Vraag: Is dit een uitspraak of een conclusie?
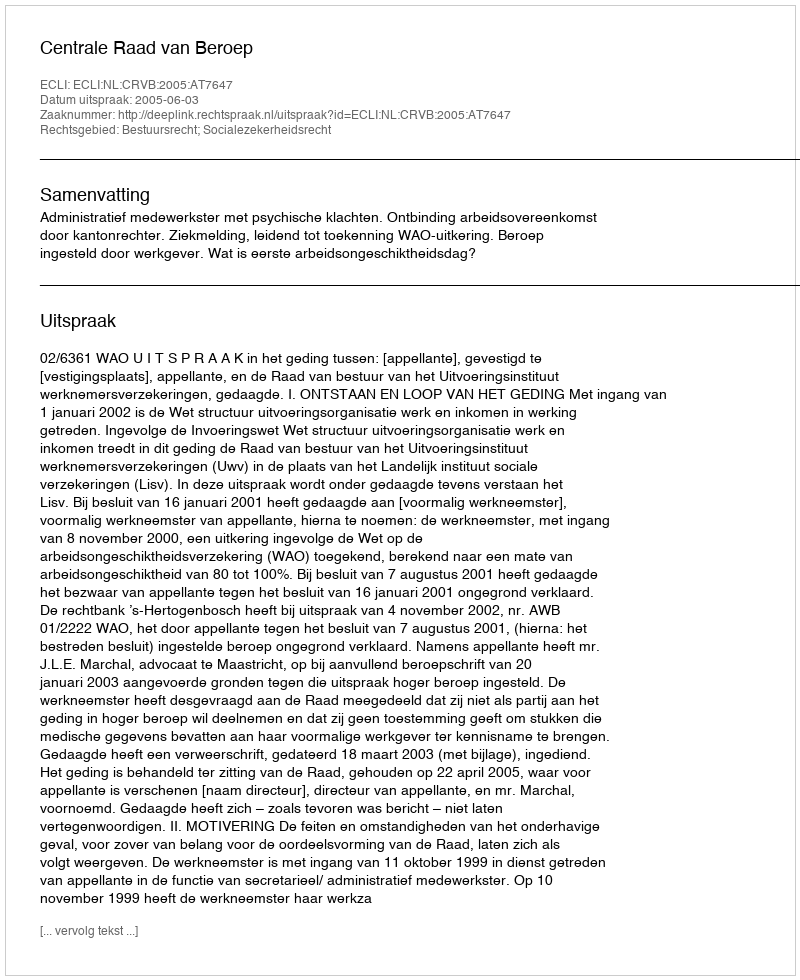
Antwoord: Uitspraak